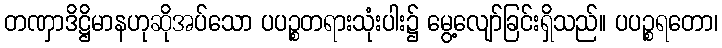
တဏှာဒိဋ္ဌိမာနဟုဆိုအပ်သော ပပဉ္စတရားသုံးပါး၌ မွေ့လျော်ခြင်းရှိသည်။ ပပဉ္စရတော၊